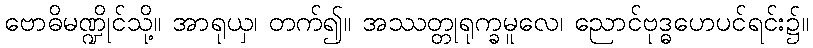
ဗောဓိမဏ္ဍိုင်သို့။ အာရုယှ၊ တက်၍။ အဿတ္တုရုက္ခမူလေ၊ ညောင်ဗုဒ္ဓဟေပင်ရင်း၌။